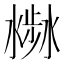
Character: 𣻣